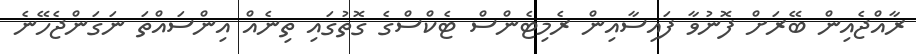
ރާއްޖެއިން ބޭރަށް ފޮނުވާ ފައިސާއިން ރެމިޓެންސް ޓެކްސްގެ ގޮތުގައި ތިނެއް އިންސައްތަ ނަގަންޖެހޭނެ